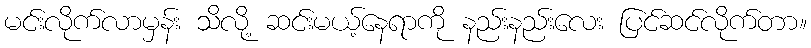
မင်းလိုက်လာမှန်း သိလို့ ဆင်းမယ့်နေရာကို နည်းနည်းလေး ပြင်ဆင်လိုက်တာ။